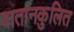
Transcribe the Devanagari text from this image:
वातानकुलित